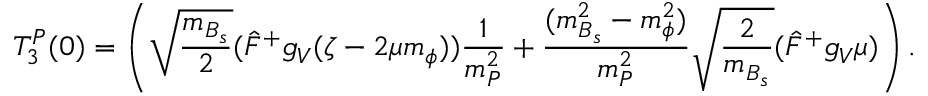
T _ { 3 } ^ { P } ( 0 ) = \left( \sqrt { \frac { m _ { B _ { s } } } { 2 } } ( \hat { F } ^ { + } g _ { V } ( \zeta - 2 \mu m _ { \phi } ) ) \frac { 1 } { m _ { P } ^ { 2 } } + \frac { ( m _ { B _ { s } } ^ { 2 } - m _ { \phi } ^ { 2 } ) } { m _ { P } ^ { 2 } } \sqrt { \frac { 2 } { m _ { B _ { s } } } } ( \hat { F } ^ { + } g _ { V } \mu ) \right) .